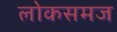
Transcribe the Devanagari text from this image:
लोकसमज